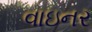
વાઇનર